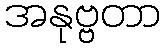
အနုဗ္ဗတာ